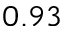
0 . 9 3